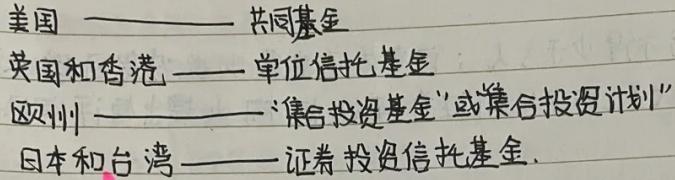
美国——共同基金
英国和香港——单位信托基金
欧洲——“集合投资基金”或“集合投资计划”
日本和台湾——证券投资信托基金